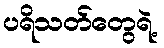
ပရိသတ်တွေရဲ့